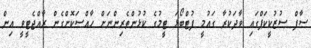
ސާފް ސުޒުކީކަޕްގައި ވާދަކުރާ ގައުމީ ފުޓްބޯޅަ ޓީމުގެ ކުޅުންތެރިންނަށް ހާއްސަކޮށްގެން ރާއްޖެޓީވީ އިން